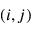
( i , j )